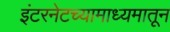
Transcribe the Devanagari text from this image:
इंटरनेटच्यामाध्यमातून